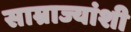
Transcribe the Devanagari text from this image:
साम्राज्यांशी